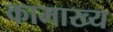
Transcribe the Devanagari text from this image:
कामाख्य